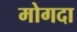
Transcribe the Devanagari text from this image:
मोगदा